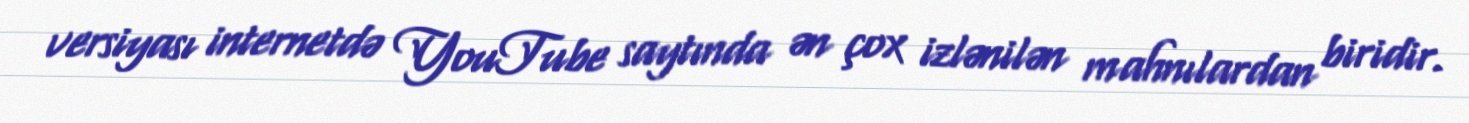
versiyası internetdə YouTube saytında ən çox izlənilən mahnılardan biridir.